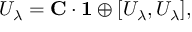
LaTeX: U _ { \lambda } = { \bf C } \cdot { \bf 1 } \oplus [ U _ { \lambda } , U _ { \lambda } ] ,